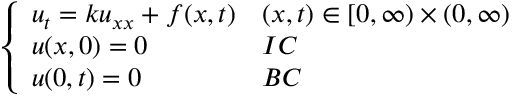
\left\{ \begin{array} { l l } { u _ { t } = k u _ { x x } + f ( x , t ) } & { ( x , t ) \in [ 0 , \infty ) \times ( 0 , \infty ) } \\ { u ( x , 0 ) = 0 } & { I C } \\ { u ( 0 , t ) = 0 } & { B C } \end{array} \right.